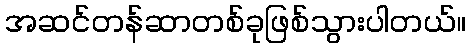
အဆင်တန်ဆာတစ်ခုဖြစ်သွားပါတယ်။